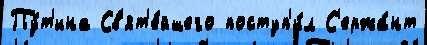
Пу́т'ина Св'ят'е́йшего поступ'и́л С'ержа́нт